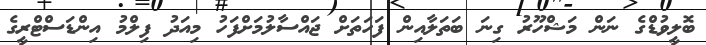
ބޮލީވުޑްގެ ނަން މަޝްހޫރު ގިނަ ބަތަލާއިން ފަހަތަށް ޖައްސާލުމަށްފަހު މިއަދު ފިލްމު އިންޑަސްޓްރީގެ